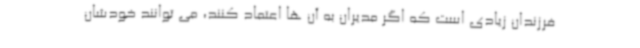
فرزندان زیادی است که اگر مدیران به آن ها اعتماد کنند، می توانند خودشان